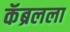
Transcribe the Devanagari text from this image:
कॅब्रलला